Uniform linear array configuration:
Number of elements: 24
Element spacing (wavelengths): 0.25
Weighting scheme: exponential
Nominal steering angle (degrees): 45
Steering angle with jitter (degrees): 46.847
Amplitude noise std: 0.05
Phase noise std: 0.05

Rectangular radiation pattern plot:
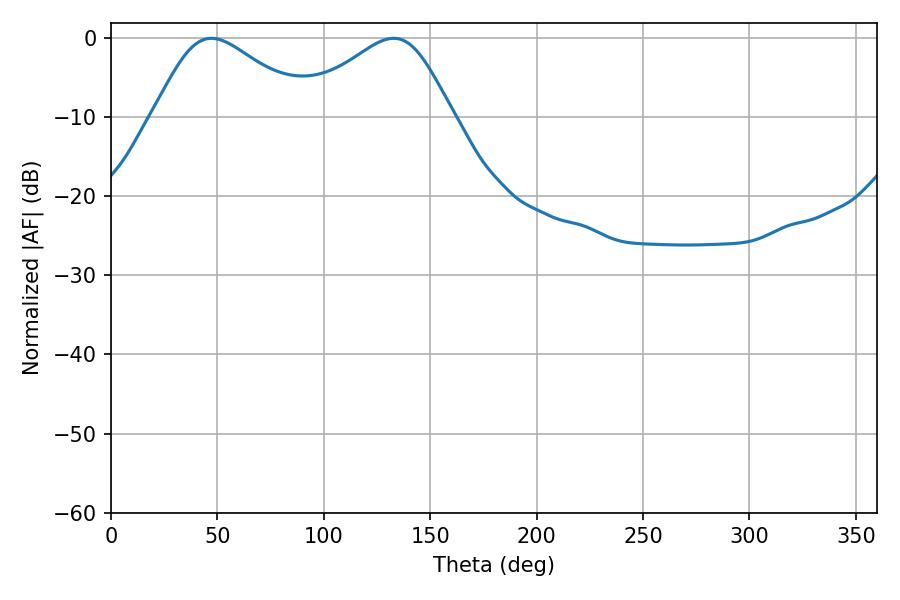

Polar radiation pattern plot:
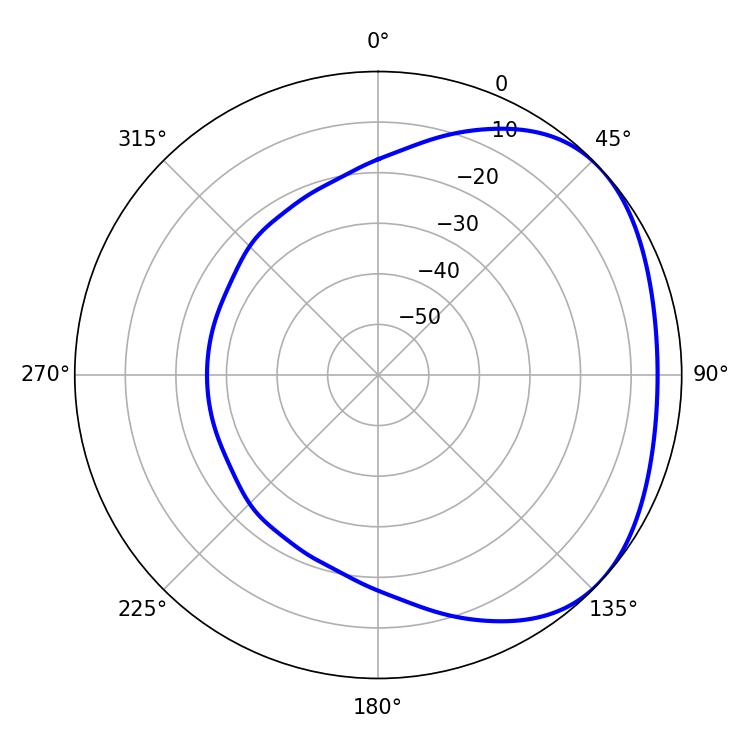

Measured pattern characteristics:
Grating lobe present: FALSE
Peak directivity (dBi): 2.597
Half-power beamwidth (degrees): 36.9
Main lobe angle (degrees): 47.16